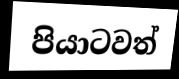
පියාටවත්